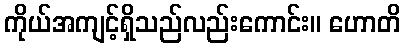
ကိုယ်အကျင့်ရှိသည်လည်းကောင်း။ ဟောတိ